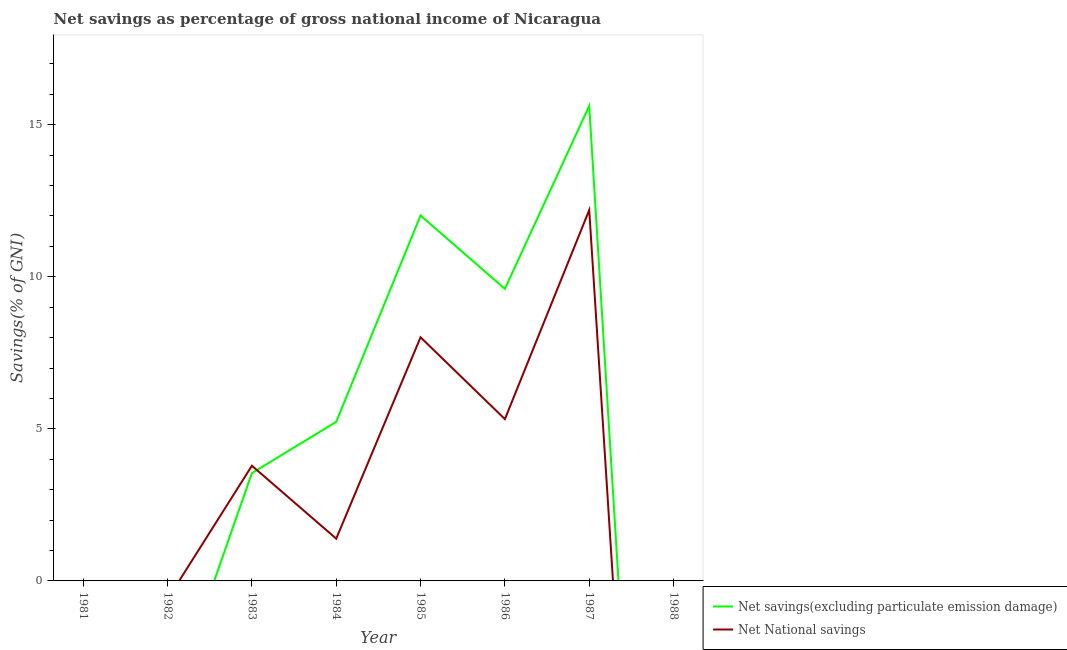
| Year | Net savings(excluding particulate emission damage) | Net National savings |
 | --- | --- | --- |
 | 1981 | -6.35 | -5.63 |
 | 1982 | -4.39 | -0.601 |
 | 1983 | 3.54 | 3.79 |
 | 1984 | 5.23 | 1.39 |
 | 1985 | 12 | 8.01 |
 | 1986 | 9.6 | 5.32 |
 | 1987 | 15.6 | 12.2 |
 | 1988 | -29.4 | -31.1 |